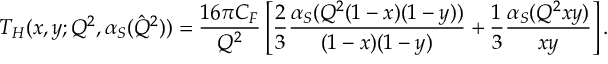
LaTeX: T _ { H } ( x , y ; Q ^ { 2 } , \alpha _ { S } ( \hat { Q } ^ { 2 } ) ) = \frac { 1 6 \pi C _ { F } } { Q ^ { 2 } } \left[ \frac 2 3 \frac { \alpha _ { S } ( Q ^ { 2 } ( 1 - x ) ( 1 - y ) ) } { ( 1 - x ) ( 1 - y ) } + \frac 1 3 \frac { \alpha _ { S } ( Q ^ { 2 } x y ) } { x y } \right] .